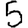
Digit: 5